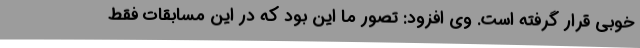
خوبی قرار گرفته است. وی افزود: تصور ما این بود که در این مسابقات فقط